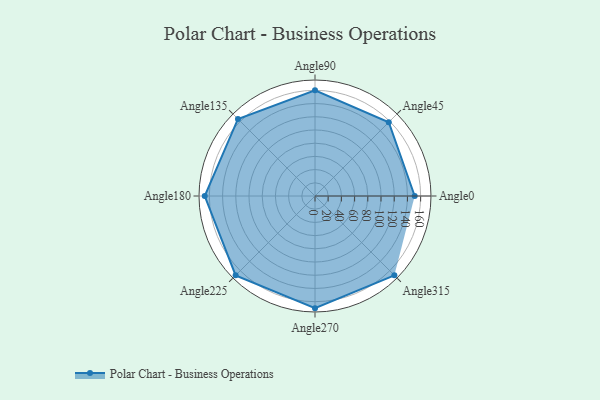
{"axis": {"x": "Angle", "y": "Radius"}, "legend": [""], "data": [{"x": "Angle0", "y": 151.0, "type": ""}, {"x": "Angle45", "y": 158.0, "type": ""}, {"x": "Angle90", "y": 160.0, "type": ""}, {"x": "Angle135", "y": 165.0, "type": ""}, {"x": "Angle180", "y": 167.0, "type": ""}, {"x": "Angle225", "y": 170, "type": ""}, {"x": "Angle270", "y": 170, "type": ""}, {"x": "Angle315", "y": 170, "type": ""}]}